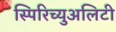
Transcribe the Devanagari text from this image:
स्पिरिच्युअलिटी